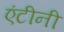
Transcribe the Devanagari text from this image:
एंटीनी